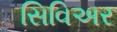
સિવિઅર